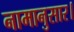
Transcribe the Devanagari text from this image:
नामानुसार।